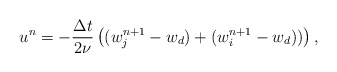
\begin{align*}&u^n=-\frac{\Delta t}{2\nu} \left((w^{n+1}_j-w_d)+(w^{n+1}_i-w_d))\right),\end{align*}